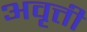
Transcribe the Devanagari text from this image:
अवृत्ती